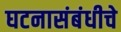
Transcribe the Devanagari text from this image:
घटनासंबंधीचे